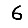
Digit: 6